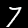
Label: 7